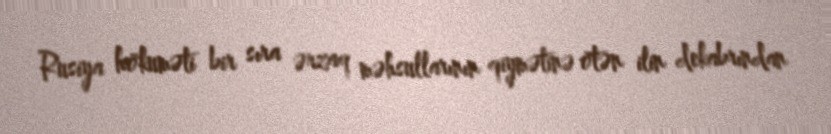
Rusiya hökuməti bir sıra ərzaq məhsullarının qiymətinə ötən ilin dekabrından